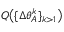
Q \big ( \{ \Delta \theta _ { A } ^ { k } \} _ { k > 1 } \big )